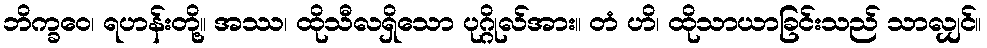
ဘိက္ခဝေ၊ ရဟန်းတို့။ အဿ၊ ထိုသီလရှိသော ပုဂ္ဂိုလ်အား။ တံ ဟိ၊ ထိုသာယာခြင်းသည် သာလျှင်။